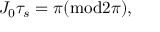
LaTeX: J _ { 0 } \tau _ { s } = \pi ( { \mathrm { m o d } } 2 \pi ) ,